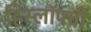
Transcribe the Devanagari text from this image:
हिस्लॉपची